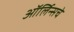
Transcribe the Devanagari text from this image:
ऑर्लिन्सचे